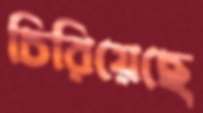
চিরিয়েছে